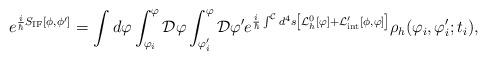
LaTeX: \begin{align*}e^{{i\over \hbar}S_{\rm IF}[\phi,\phi']} = \int d\varphi\int_{\varphi_i}^\varphi {\cal D}\varphi \int_{\varphi'_i}^\varphi {\cal D}\varphi' e^{{i\over\hbar} \int^{\cal C} d^4s \left[ {\cal L}_h^0 [\varphi] + {\cal L}'_{\rm int} [\phi,\varphi]\right]}\rho_h (\varphi_i,\varphi'_i;t_i), \end{align*}